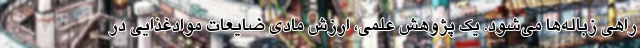
راهی زباله‌ها می‌شود. یک پژوهش علمی، ارزش مادی ضایعات موادغذایی در